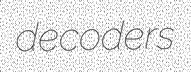
decoders